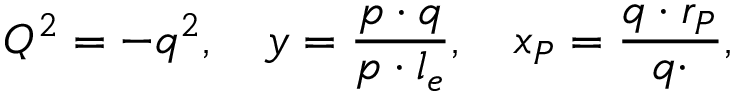
\nonumber \, Q ^ { 2 } = - q ^ { 2 } , \quad y = \frac { p \cdot q } { p \cdot l _ { e } } , \quad x _ { P } = \frac { q \cdot r _ { P } } { q \cdotp } ,